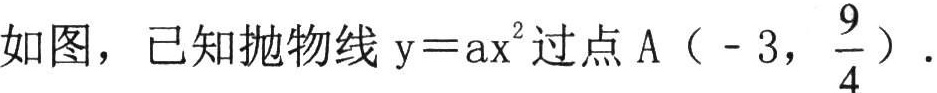
如图，已知抛物线 \(y = ax^{2}\) 过点 A（- 3，\(\frac{9}{4}\)）.